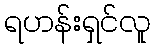
ရဟန်းရှင်လူ